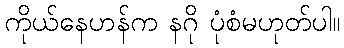
ကိုယ်နေဟန်က နဂို ပုံစံမဟုတ်ပါ။